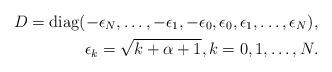
LaTeX: \begin{align*}D= \operatorname{diag} (-\epsilon_N,\ldots,-\epsilon_1,-\epsilon_0,\epsilon_0,\epsilon_1,\ldots,\epsilon_{N}),\\\epsilon_{k}=\sqrt{k+\alpha+1},k=0,1,\ldots,N.\end{align*}